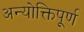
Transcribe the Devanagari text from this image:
अन्योक्तिपूर्ण